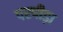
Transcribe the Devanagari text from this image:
परपीड़ा